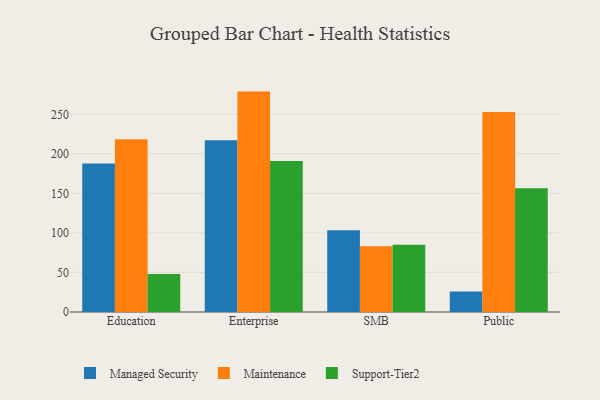
{"axis": {"x": "Segment", "y": "Satisfaction Score"}, "legend": ["Maintenance", "Managed Security", "Support-Tier2"], "data": [{"x": "Education", "y": 187.8, "type": "Managed Security"}, {"x": "Education", "y": 218.6, "type": "Maintenance"}, {"x": "Education", "y": 48.1, "type": "Support-Tier2"}, {"x": "Enterprise", "y": 217.2, "type": "Managed Security"}, {"x": "Enterprise", "y": 278.7, "type": "Maintenance"}, {"x": "Enterprise", "y": 191.0, "type": "Support-Tier2"}, {"x": "SMB", "y": 103.5, "type": "Managed Security"}, {"x": "SMB", "y": 83.0, "type": "Maintenance"}, {"x": "SMB", "y": 85.0, "type": "Support-Tier2"}, {"x": "Public", "y": 25.9, "type": "Managed Security"}, {"x": "Public", "y": 252.8, "type": "Maintenance"}, {"x": "Public", "y": 156.5, "type": "Support-Tier2"}]}